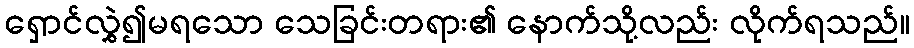
ရှောင်လွှဲ၍မရသော သေခြင်းတရား၏ နောက်သို့လည်း လိုက်ရသည်။